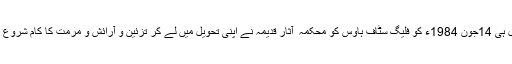
باضابطہ طور پر حکومت کو 1985ء میں منتقلی سے قبل ہی 14جون 1984ء کو فلیگ سٹاف ہاؤس کو محکمہ ٔ آثار قدیمہ نے اپنی تحویل میں لے کر تزئین و آرائش و مرمت کا کام شروع کر دیا تھا اور 2کروڑ روپے اس مد میں خرچ کئے گئے۔